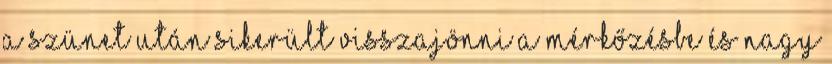
A szünet után sikerült visszajönni a mérkőzésbe és nagy